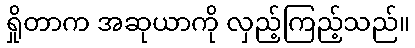
ရှိုတာက အဆုယာကို လှည့်ကြည့်သည်။